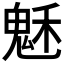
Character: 𩲷